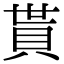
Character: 貰